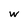
Character: w